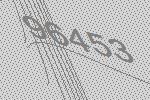
96453